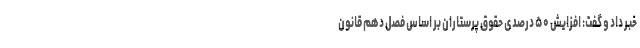
خبر داد و گفت: افزایش ۵۰ درصدی حقوق پرستاران بر اساس فصل دهم قانون